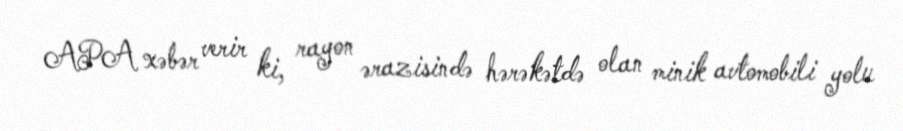
APA xəbər verir ki, rayon ərazisində hərəkətdə olan minik avtomobili yolu